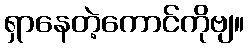
ရှာနေတဲ့ကောင်ကိုဗျ။